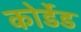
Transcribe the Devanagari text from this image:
कोर्डेड